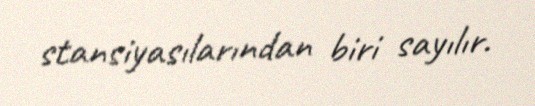
stansiyasılarından biri sayılır.